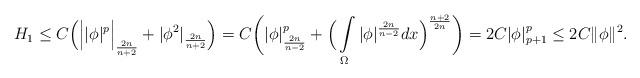
LaTeX: \begin{align*} H_1 \leq C\Big( \Big||\phi|^p\Big|_{\frac{2n}{n+2}}+|\phi^2|_{\frac{2n}{n+2}} \Big) = C \bigg( |\phi|^p_{\frac{2n}{n-2}}+\Big(\int\limits_\Omega|\phi|^{\frac{2n}{n-2}} dx\Big)^{\frac{ n+2}{2n}}\bigg) = 2C |\phi|_{p+1}^p \leq 2C \|\phi\|^2.\end{align*}